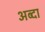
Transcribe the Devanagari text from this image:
अब्दा